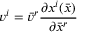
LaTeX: v ^ { i } = { \bar { v } } ^ { r } { \frac { \partial x ^ { i } ( { \bar { x } } ) } { \partial { \bar { x } } ^ { r } } }